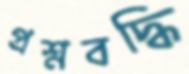
প্রশ্নবদ্ধি